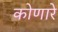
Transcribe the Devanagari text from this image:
कोणारे